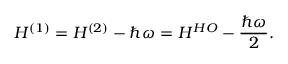
H ^ { ( 1 ) } = H ^ { ( 2 ) } - \hbar \omega = H ^ { H O } - { \frac { \hbar \omega } { 2 } } .